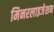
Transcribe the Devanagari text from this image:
मिनरलाइजेशन